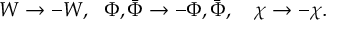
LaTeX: W \rightarrow - W , ~ ~ \Phi , \bar { \Phi } \rightarrow - \Phi , \bar { \Phi } , ~ ~ ~ \chi \rightarrow - \chi .